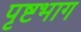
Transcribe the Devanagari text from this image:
पृष्टभाग